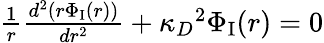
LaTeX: \begin{array}{r}{\frac{1}{r}\frac{d^{2}(r\Phi_{\textrm{I}}(r))}{dr^{2}}+{\kappa_{D}}^{2}\Phi_{\textrm{I}}(r)=0}\end{array}